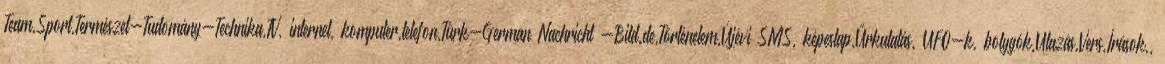
Team,Sport,Természet-Tudomány-Technika,TV, internet, komputer,telefon,Türk-German Nachricht -Bild.de,Történelem,Újévi SMS, képeslap,Űrkutatás, UFO-k, bolygók,Utazás,Vers,Írások,,